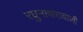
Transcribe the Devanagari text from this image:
रघुनाथरावाणी